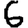
Digit: 6